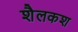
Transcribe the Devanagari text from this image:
शैलकश